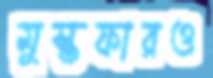
মুস্তফারও